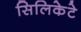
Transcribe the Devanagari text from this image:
सिलिकेटे